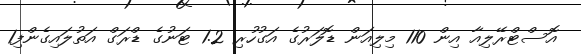
އޮސްޓްރޭލިއާ އިން 110 މިލިއަން ޑޮލަރުގެ އަގުހުރި 1.2 ޓަނުގެ ޑްރަގް އަތުލައިގެންފި1